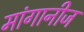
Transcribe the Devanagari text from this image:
मांगानीज